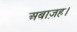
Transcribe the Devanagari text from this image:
अबाज़ह।